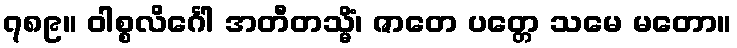
၇၈၉။ ဝါစ္စလိင်္ဂေါ အတီတသ္မိံ၊ ဇာတေ ပတ္တေ သမေ မတော။